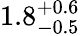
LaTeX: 1.8_{-0.5}^{+0.6}